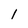
Character: 1